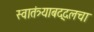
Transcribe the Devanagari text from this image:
स्वातंत्र्याबद्दलचा